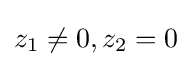
z_{1}\neq 0,z_{2}=0